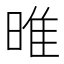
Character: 㫿